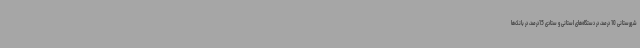
شهرستانی 10 درصد، در دستگاه‌های استانی و ستادی 15درصد، در بانک‌ها